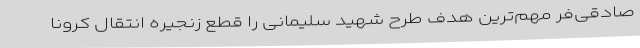
صادقی‌فر مهم‌ترین هدف طرح شهید سلیمانی را قطع زنجیره انتقال کرونا